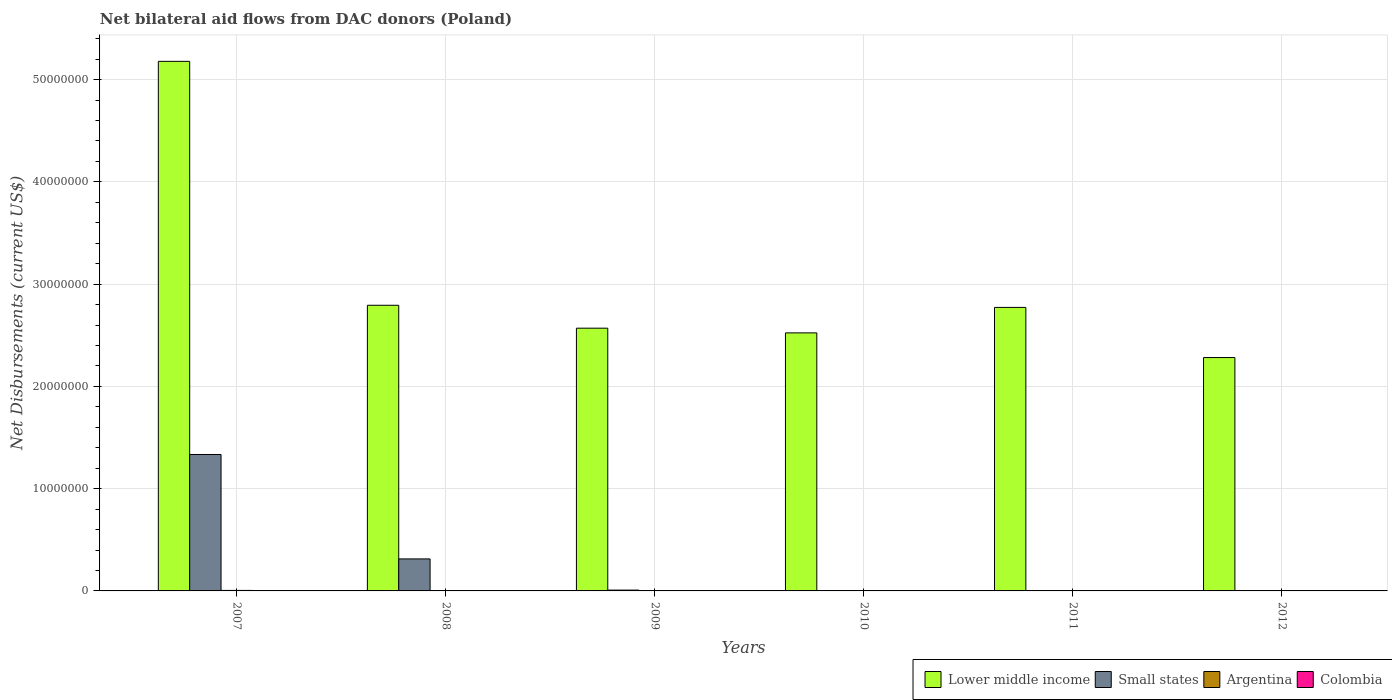
| Years | Lower middle income | Small states | Argentina | Colombia |
 | --- | --- | --- | --- | --- |
 | 2007 | 5.18e+07 | 1.33e+07 | 5e+04 | 1e+04 |
 | 2008 | 2.79e+07 | 3.13e+06 | 2e+04 | 1e+04 |
 | 2009 | 2.57e+07 | 8e+04 | 2e+04 | 2e+04 |
 | 2010 | 2.52e+07 | -7.8e+05 | 1e+04 | 2e+04 |
 | 2011 | 2.77e+07 | -9.1e+05 | 1e+04 | 4e+04 |
 | 2012 | 2.28e+07 | -8.5e+05 | 2e+04 | 2e+04 |